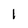
Character: 1